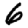
Digit: 6